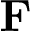
\mathbf { F }